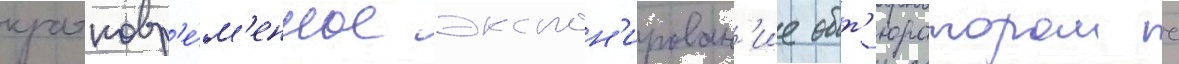
кратковр'е́м'енное экспон'ирован'ие обт'юратором с